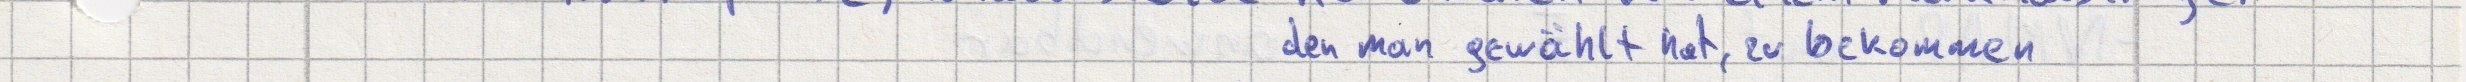
den man gewählt hat, zu bekommen